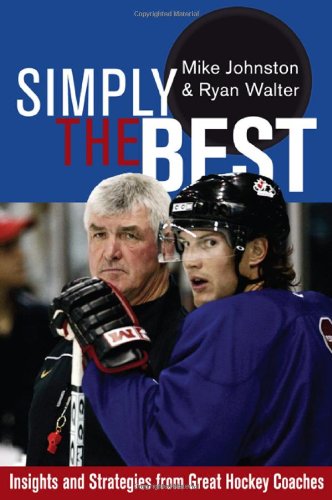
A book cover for Simply the Best: Insights and Strategies from Great Hockey Coaches; Sports & Outdoors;